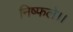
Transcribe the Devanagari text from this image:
निष्फले।।